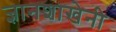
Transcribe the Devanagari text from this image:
ज्ञानशाखेनी